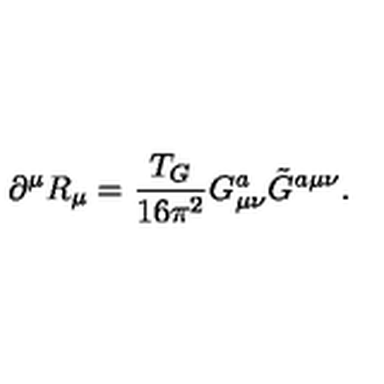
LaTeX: \partial ^ { \mu } R _ { \mu } = \frac { T _ { G } } { 1 6 \pi ^ { 2 } } G _ { \mu \nu } ^ { a } \tilde { G } ^ { a \mu \nu } .